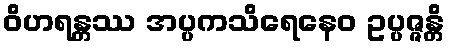
ဝိဟရန္တဿ အပ္ပကသိရေနေဝ ဥပ္ပဇ္ဇန္တိ